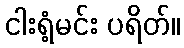
ငါးရံ့မင်း ပရိတ်။